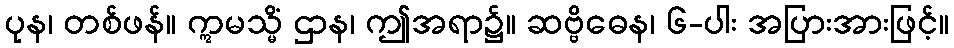
ပုန၊ တစ်ဖန်။ ဣမသ္မိံ ဌာန၊ ဤအရာ၌။ ဆဗ္ဗိဓေန၊ ၆-ပါး အပြားအားဖြင့်။